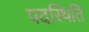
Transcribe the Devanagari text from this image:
पदस्थिति